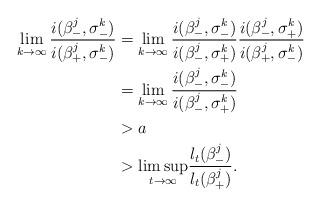
LaTeX: \begin{align*}\lim_{k\to\infty}\frac{i(\beta_-^j,\sigma_-^k)}{i(\beta_+^j,\sigma_-^k)} &=\lim_{k\to\infty}\frac{i(\beta_-^j,\sigma_-^k)}{i(\beta_-^j,\sigma_+^k)} \frac{i(\beta_-^j,\sigma_+^k)}{i(\beta_+^j,\sigma_-^k)}\\&=\lim_{k\to\infty}\frac{i(\beta_-^j,\sigma_-^k)}{i(\beta_-^j,\sigma_+^k)}\\&>a\\&> \underset{t \to \infty}{\limsup} \frac{l_t(\beta_-^j)}{l_t(\beta_+^j)}.\end{align*}